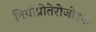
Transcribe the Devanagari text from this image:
नियोप्रोतेरोजोइक